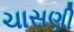
ચાસણી